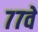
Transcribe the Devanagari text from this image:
७७वे